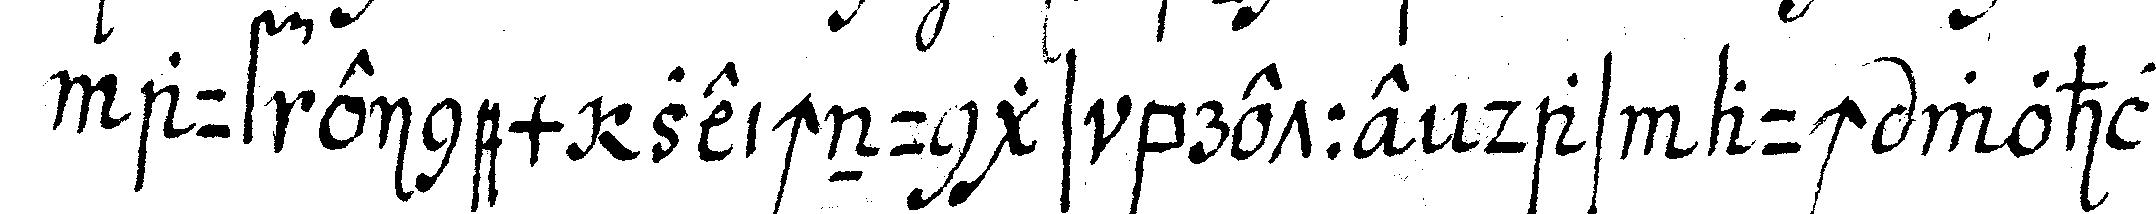
auf einem zeichnungs brette das auch wohl